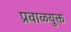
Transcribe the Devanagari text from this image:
प्रवाळयुक्त